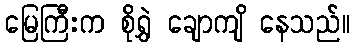
မြေကြီးက စိုရွှဲ ချောကျိ နေသည်။